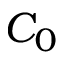
C _ { 0 }